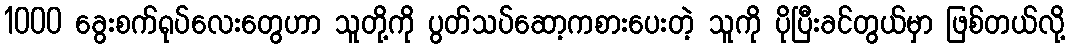
1000 ခွေးစက်ရုပ်လေးတွေဟာ သူတို့ကို ပွတ်သပ်ဆော့ကစားပေးတဲ့ သူကို ပိုပြီးခင်တွယ်မှာ ဖြစ်တယ်လို့